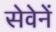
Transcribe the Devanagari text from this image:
सेवेनें